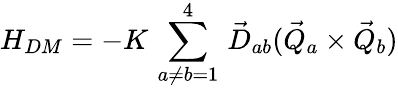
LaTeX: H_{DM}=-K\, \sum_{a\neq b=1}^{4}\, \vec{D}_{ab}(\vec{Q}_{a}\times\vec{Q}_{b})